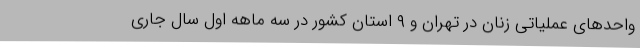
واحدهای عملیاتی زنان در تهران و ۹ استان کشور در سه ماهه اول سال جاری